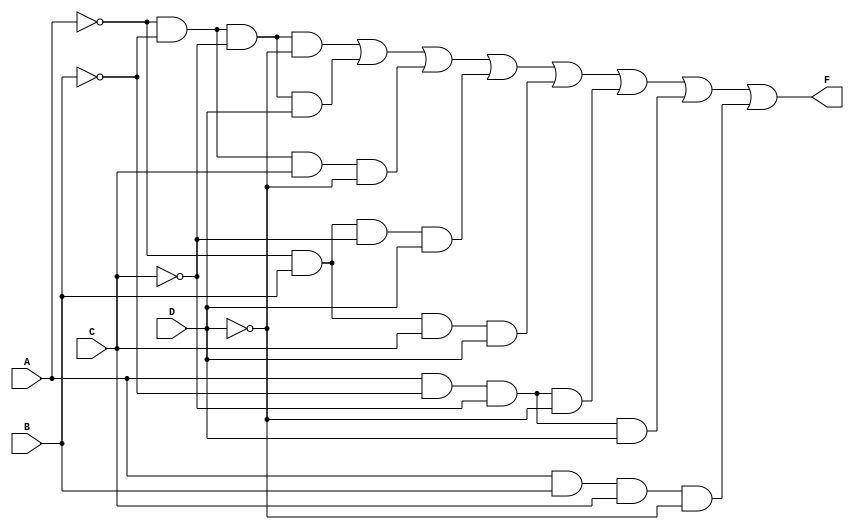
module kmap_4var (
    input wire A,    // Input variable A
    input wire B,    // Input variable B
    input wire C,    // Input variable C
    input wire D,    // Input variable D
    output wire F    // Output of the K-map simplification
);

// Internal wire for the minterm representation
wire [15:0] minterms;

// Define the minterms based on the K-map grouping
assign minterms[0]  = ~A & ~B & ~C & ~D; // m0
assign minterms[1]  = ~A & ~B & ~C & D;  // m1
assign minterms[2]  = ~A & ~B & C & ~D;   // m2
assign minterms[3]  = ~A & ~B & C & D;    // m3
assign minterms[4]  = ~A & B & ~C & ~D;   // m4
assign minterms[5]  = ~A & B & ~C & D;    // m5
assign minterms[6]  = ~A & B & C & ~D;     // m6
assign minterms[7]  = ~A & B & C & D;      // m7
assign minterms[8]  = A & ~B & ~C & ~D;    // m8
assign minterms[9]  = A & ~B & ~C & D;     // m9
assign minterms[10] = A & ~B & C & ~D;     // m10
assign minterms[11] = A & ~B & C & D;      // m11
assign minterms[12] = A & B & ~C & ~D;     // m12
assign minterms[13] = A & B & ~C & D;      // m13
assign minterms[14] = A & B & C & ~D;      // m14
assign minterms[15] = A & B & C & D;       // m15

// Define the output based on the specific minterms
assign F = minterms[0] | minterms[1] | minterms[2] | minterms[5] | 
           minterms[7] | minterms[8] | minterms[9] | minterms[14];

// Alternatively, you can simplify the expression directly if known
// assign F = /* Simplified Boolean expression */;

endmodule